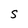
Character: S